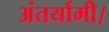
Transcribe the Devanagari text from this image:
अंतर्यामी।